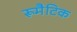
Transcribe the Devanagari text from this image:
रूमैटिक